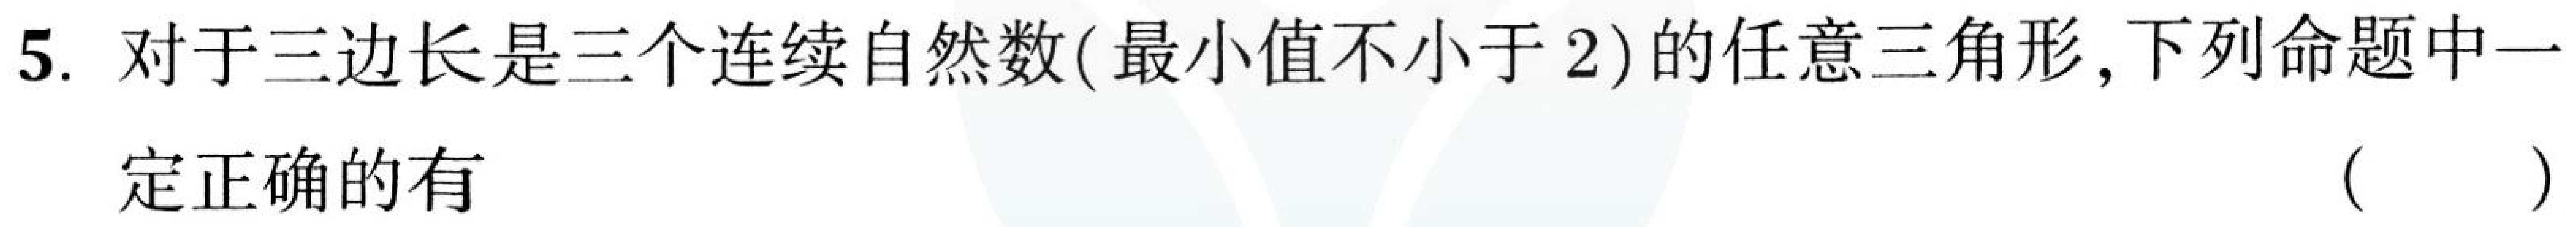
5. 对于三边长是三个连续自然数(最小值不小于2)的任意三角形,下列命题中一
定正确的有 （  ）